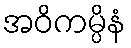
အဝိကမ္ပိနံ